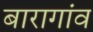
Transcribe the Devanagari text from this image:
बारागांव